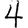
Digit: 4